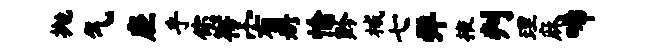
抛气座乎您传宥册愉黔械七弹掖判理麻唏